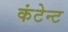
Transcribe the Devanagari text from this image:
कंटेन्ट